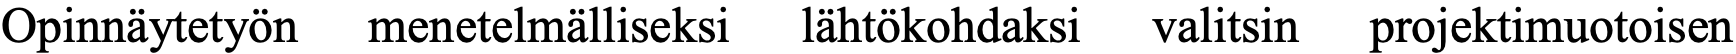
Opinnäytetyön menetelmälliseksi lähtökohdaksi valitsin projektimuotoisen